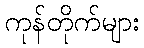
ကုန်တိုက်များ